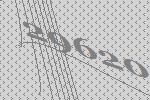
29620